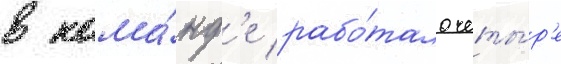
в кома́нд'е рабо́тало четы́р'е